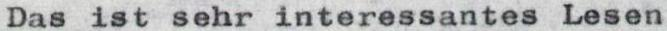
Das ist sehr interessantes Lesen